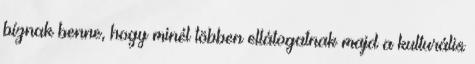
bíznak benne, hogy minél többen ellátogatnak majd a kulturális